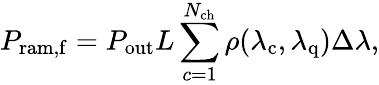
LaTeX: P_{\mathrm{ram,f}}=P_{\mathrm{out}}L\sum_{c=1}^{N_{\mathrm{ch}}}\rho(\lambda_{\mathrm{c}},\lambda_{\mathrm{q}})\Delta\lambda,